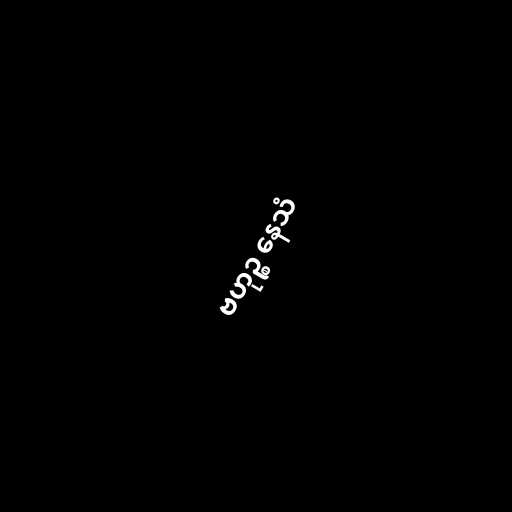
ဗဟုဉ္စ နေသံ